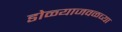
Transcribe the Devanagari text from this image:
डोळ्याजवळच्या